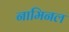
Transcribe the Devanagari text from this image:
नामिनल